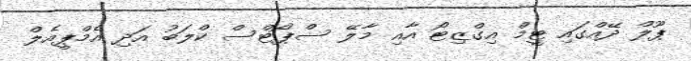
ޕޫލް ދޭއްގައި ޓީމް އިގްޒިޓޯ އާއި މާލޭ ސްޕޯޓްސް ކްލަބު އަދި އެމްޕީއެލް